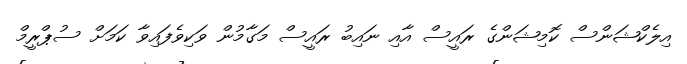
އިލެކްޝަންސް ކޮމިޝަންގެ ރައީސް އާއި ނައިބު ރައީސް މަގާމުން ވަކިވެފައިވާ ކަމަށް ސުޕްރީމް